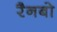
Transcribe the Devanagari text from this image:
रैनबो